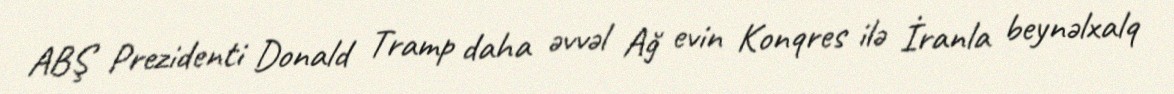
ABŞ Prezidenti Donald Tramp daha əvvəl Ağ evin Konqres ilə İranla beynəlxalq